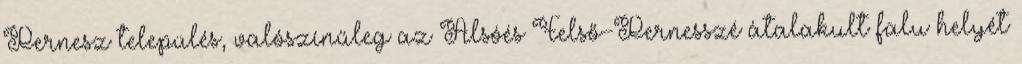
Pernesz település, valószínűleg az Alsóés Felső-Pernesszé átalakult falu helyét